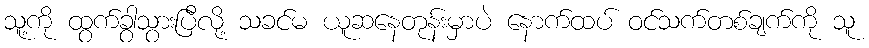
သူ့ကို ထွက်ခွာသွားပြီလို့ သခင်မ ယူဆနေတုန်းမှာပဲ နောက်ထပ် ဝင်သက်တစ်ချက်ကို သူ